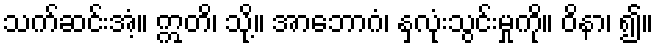
သက်ဆင်းအံ့။ ဣတိ၊ သို့။ အာဘောဂံ၊ နှလုံးသွင်းမှုကို။ ဝိနာ၊ ၍။